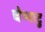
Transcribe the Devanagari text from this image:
चेप्पाटु